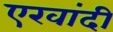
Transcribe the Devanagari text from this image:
एखांदी